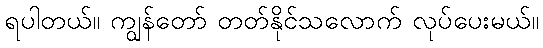
ရပါတယ်။ ကျွန်တော် တတ်နိုင်သလောက် လုပ်ပေးမယ်။